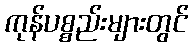
ကုန်ပစ္စည်းများတွင်